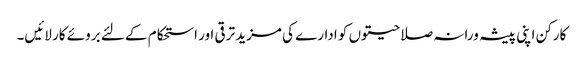
کارکن اپنی پیشہ ورانہ صلاحیتوں کو ادارے کی مزید ترقی اور استحکام کے لئے بروئے کار لائیں۔